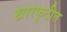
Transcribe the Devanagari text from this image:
खारफुटीत